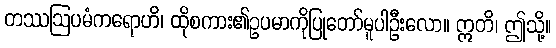
တဿဩပမံကရောဟိ၊ ထိုစကား၏ဥပမာကိုပြုတော်မူပါဦးလော။ ဣတိ၊ ဤသို့။